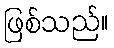
ဖြစ်သည်။